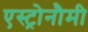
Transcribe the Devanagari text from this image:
एस्ट्रोनौमी